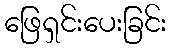
ဖြေရှင်းပေးခြင်း